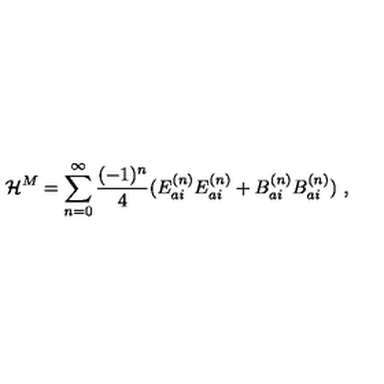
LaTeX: { \cal H } ^ { M } = \sum _ { n = 0 } ^ { \infty } \frac { ( - 1 ) ^ { n } } { 4 } ( E _ { a i } ^ { ( n ) } E _ { a i } ^ { ( n ) } + B _ { a i } ^ { ( n ) } B _ { a i } ^ { ( n ) } ) \ ,